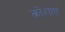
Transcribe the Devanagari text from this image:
कोशाएं